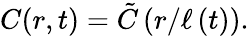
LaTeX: C(r,t)=\tilde{C}\left(r/\ell\left(t\right)\right).